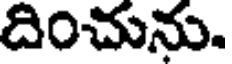
దించును.